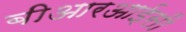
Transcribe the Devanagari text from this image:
बीआरआईसी